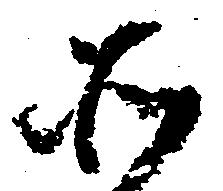
そ